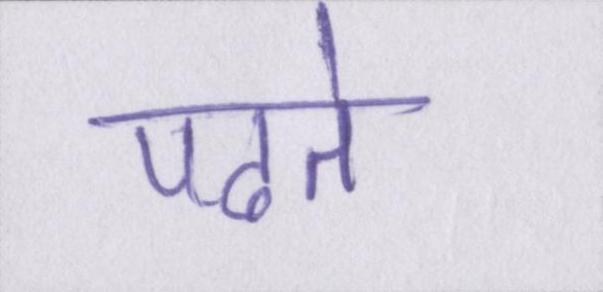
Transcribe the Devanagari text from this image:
पढते